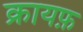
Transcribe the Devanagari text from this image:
क्रायफ़